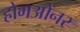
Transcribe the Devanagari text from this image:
होमओनर